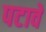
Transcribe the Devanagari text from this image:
पटावे